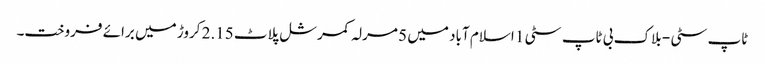
ٹاپ سٹی - بلاک بی ٹاپ سٹی 1 اسلام آباد میں 5 مرلہ کمرشل پلاٹ 2.15 کروڑ میں برائے فروخت۔